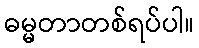
ဓမ္မတာတစ်ရပ်ပါ။